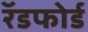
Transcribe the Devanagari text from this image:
रॅडफोर्ड